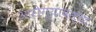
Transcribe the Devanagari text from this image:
आरोग्यावस्था